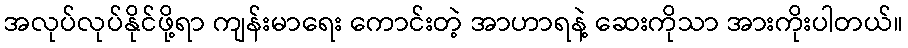
အလုပ်လုပ်နိုင်ဖို့ရာ ကျန်းမာရေး ကောင်းတဲ့ အာဟာရနဲ့ ဆေးကိုသာ အားကိုးပါတယ်။